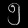
Digit: ၅